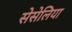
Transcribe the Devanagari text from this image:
सेसेलिया